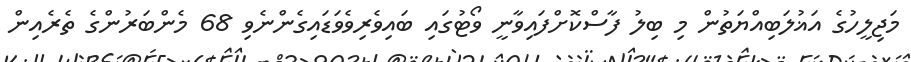
މަޖިލީހުގެ އަޣުލަބިއްޔަތުން މި ބިލު ފާސްކޮށްފައިވާނީ ވޯޓުގައި ބައިވެރިވެވަޑައިގެންނެވި 68 މެންބަރުންގެ ތެރެއިން